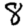
Digit: 8